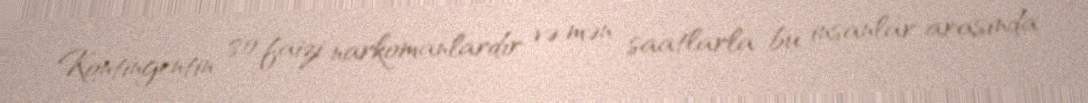
Kontingentin 80 faizi narkomanlardır və mən saatlarla bu insanlar arasında